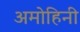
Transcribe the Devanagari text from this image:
अमोहिनी